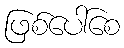
ဖြစ်ပေါ်စေ